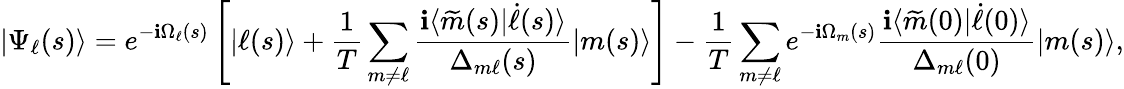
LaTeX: |\Psi_{\ell}(s)\rangle=e^{-\mathbf{i}\Omega_{\ell}(s)}\left[|\ell(s)\rangle+\frac{{1}}{{T}}\sum_{m\neq\ell}\frac{{\mathbf{i}\langle\widetilde{{m}}(s)|\dot{{\ell}}(s)\rangle}}{{\Delta_{m\ell}(s)}}|m(s)\rangle\right]-\frac{{1}}{{T}}\sum_{m\neq\ell}e^{-\mathbf{i}\Omega_{m}(s)}\frac{{\mathbf{i}\langle\widetilde{{m}}(0)|\dot{{\ell}}(0)\rangle}}{{\Delta_{m\ell}(0)}}|m(s)\rangle,